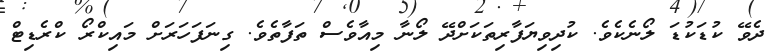
ދެވޭ ކުޑަކުޑަ ލޯނެކެވެ. ކުދިވިޔަފާރިތަކަށްދޭ ލޯނާ މިއާވެސް ތަފާތެވެ. ގިނަފަހަރަށް މައިކްރޯ ކްރެޑިޓް